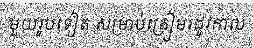
មួយរូបទៀត សម្រាប់ត្រៀមរដូវកាល